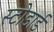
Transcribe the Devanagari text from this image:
स्टोडार्ड